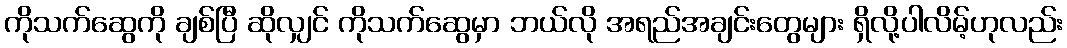
ကိုသက်ဆွေကို ချစ်ပြီ ဆိုလျှင် ကိုသက်ဆွေမှာ ဘယ်လို အရည်အချင်းတွေများ ရှိလို့ပါလိမ့်ဟုလည်း